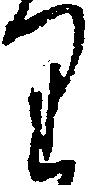
り